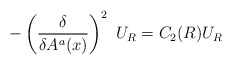
\begin{align*}-\left(\frac{\delta}{\delta A^a(x)}\right)^2~U_R=C_2(R)U_R\end{align*}